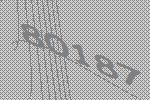
80187